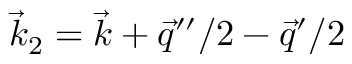
\vec { k } _ { 2 } = \vec { k } + \vec { q } ^ { \prime \prime } / 2 - \vec { q } ^ { \prime } / 2